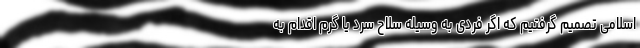
اسلامی تصمیم گرفتیم که اگر فردی به وسیله سلاح سرد یا گرم اقدام به